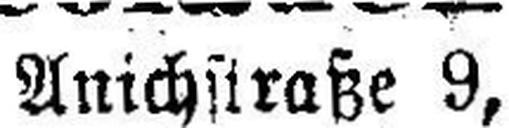
Anichstraße 9,